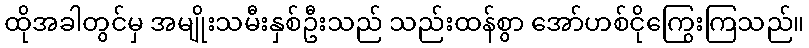
ထိုအခါတွင်မှ အမျိုးသမီးနှစ်ဦးသည် သည်းထန်စွာ အော်ဟစ်ငိုကြွေးကြသည်။